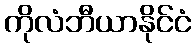
ကိုလံဘီယာနိုင်ငံ